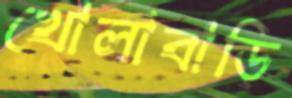
খোলাবাড়ি